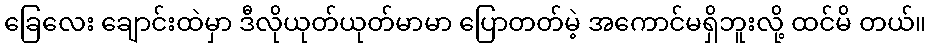
ခြေလေး ချောင်းထဲမှာ ဒီလိုယုတ်ယုတ်မာမာ ပြောတတ်မဲ့ အကောင်မရှိဘူးလို့ ထင်မိ တယ်။